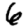
Digit: 6